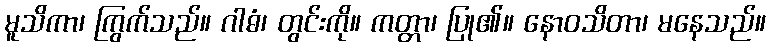
မူသိကာ၊ ကြွက်သည်။ ဂါဓံ၊ တွင်းကို။ ကတ္တာ၊ ပြု၏။ နောဝသိတာ၊ မနေသည်။